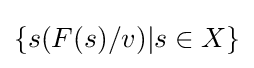
\{s(F(s)/v)|s\in X\}